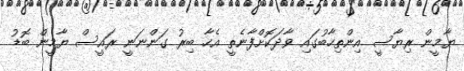
ޔާމީން ރިޔާސީ އިންތިހާބުގައި ވާދަކޮށްފާނެތީ އެހާ ބިރު ގަންނަނީ ރައީސް ޔާމީން ބޮޑު